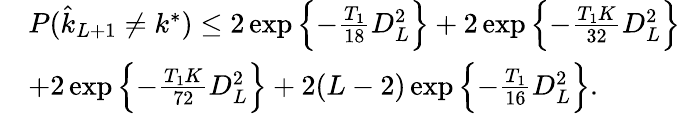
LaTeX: \begin{array}{rl}&{P(\hat{k}_{L+1}\ne k^{*})\le 2\exp\left\{ -\frac{T_{1}}{18}D_{L}^{2}\right\} +2\exp{\left\{ -\frac{T_{1}K}{32}D_{L}^{2}\right\} }}\\ &{+2\exp\left\{ -\frac{T_{1}K}{72}D_{L}^{2}\right\} +2(L-2)\exp\left\{ -\frac{T_{1}}{16}D_{L}^{2}\right\} .}\end{array}